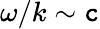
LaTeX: \omega/k\sim\mathtt{c}